Annual report on the working of the lock hospitals in the Central Provinces
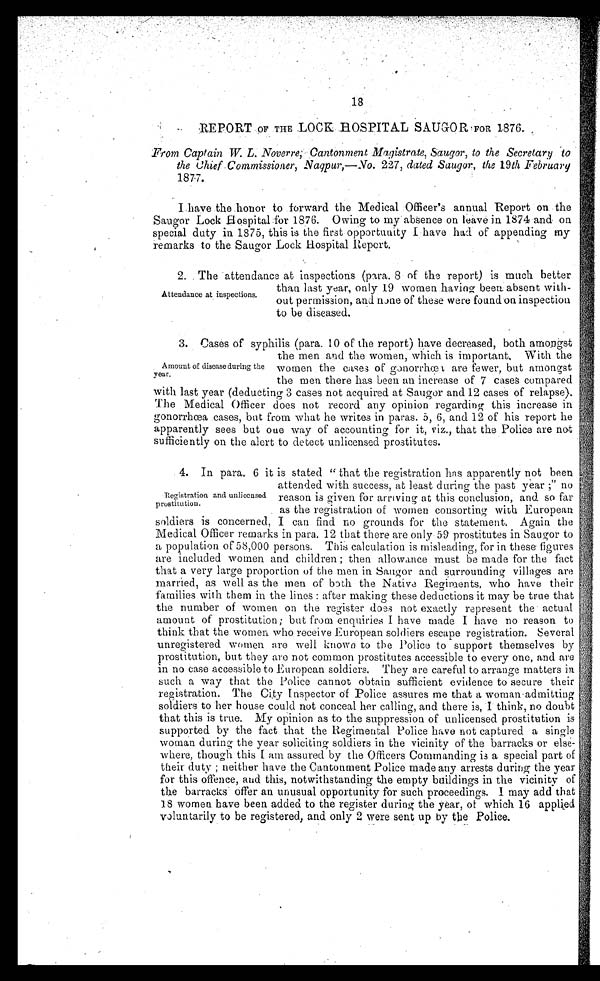
18
REPORT OF THE LOCK HOSPITAL SAUGOR FOR 1876.
From Captain W. L. Noverre; Cantonment Magistrate, Saugor, to the Secretary to
the Chief Commissioner, Naqpur,—No. 227, dated Saugor, the 19 th February
1877.
I have the honor to forward the Medical Officer's annual Report on the
Saugor Lock Hospital for 1876. Owing to my absence on leave in 1874 and on
special duty in 1875, this is the first opportunity I have had of appending my
remarks to the Saugor Lock Hospital Report.
Attendance at inspections.
2. The attendance at inspections (para. 8 of the report) is much better
than last year, only 19 women having been absent with-
out permission, and none of these were found on inspection
to be diseased.
Amount of disease during the
year.
3. Cases of syphilis (para. 10 of the report) have decreased, both amongst
the men and the women, which is important. With the
women the cases of gonorrhœa are fewer, but amongst
the men there has been an increase of 7 cases compared
with last year (deducting 3 cases not acquired at Saugor and 12 cases of relapse).
The Medical Officer does not record any opinion regarding this increase in
gonorrhœa cases, but from what he writes in paras. 5, 6, and 12 of his report he
apparently sees but oue way of accounting for it, viz., that the Police are not
sufficiently on the alert to detect unlicensed prostitutes.
Registration and unlicensed
prostitution.
4. In para. 6 it is stated " that the registration has apparently not been
attended with success, at least during the past year ;" no
reason is given for arriving at this conclusion, and so far
as the registration of women consorting with European
soldiers is concerned, I can find no grounds for the statement. Again the
Medical Officer remarks in para. 12 that there are only 59 prostitutes in Saugor to
a population of 58,000 persons. This calculation is misleading, for in these figures
are included women and children ; then allowance must be made for the fact
that a very large proportion of the men in Saugor and surrounding villages are
married, as well as the men of both the Native Regiments, who have their
families with them in the lines : after making these deductions it may be true that
the number of women on the register does not exactly represent the actual
amount of prostitution ; but from enquiries I have made I have no reason to
think that the women who receive European soldiers escape registration. Several
unregistered women are well known to the Police to support themselves by
prostitution, but they are not common prostitutes accessible to every one, and are
in no case accessible to European soldiers. They are careful to arrange matters in
such a way that the Police cannot obtain sufficient evidence to secure their
registration. The City Inspector of Police assures me that a woman admitting
soldiers to her house could not conceal her calling, and there is, I think, no doubt
that this is true. My opinion as to the suppression of unlicensed prostitution is
supported by the fact that the Regimental Police have not captured a single
woman during the year soliciting soldiers in the vicinity of the barracks or else-
where, though this I am assured by the Officers Commanding is a special part of
their duty ; neither have the Cantonment Police made any arrests during the year
for this offence, and this, notwithstanding the empty buildings in the vicinity of
the barracks offer an unusual opportunity for such proceedins. I may add that
18 women have been added to the register during the year, of which 16 applied
voluntarily to be registered, and only 2 were sent up by the Police.